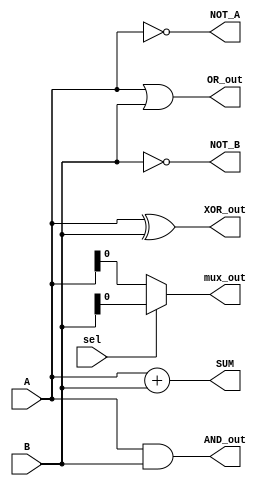
module combinational_logic_block (
    input wire [3:0] A,        // 4-bit input A
    input wire [3:0] B,        // 4-bit input B
    input wire sel,            // Selector for multiplexer
    output wire [3:0] AND_out, // AND output
    output wire [3:0] OR_out,  // OR output
    output wire [3:0] XOR_out, // XOR output
    output wire [3:0] NOT_A,   // NOT A output
    output wire [3:0] NOT_B,   // NOT B output
    output wire [4:0] SUM,     // 5-bit output for sum (A + B)
    output wire mux_out        // Multiplexer output
);

    // Basic Logic Gates
    assign AND_out = A & B;          // AND operation
    assign OR_out = A | B;           // OR operation
    assign XOR_out = A ^ B;          // XOR operation
    assign NOT_A = ~A;               // NOT operation on A
    assign NOT_B = ~B;               // NOT operation on B

    // 4-bit Ripple Carry Adder
    assign SUM = A + B;              // Sum of A and B

    // 2-to-1 Multiplexer
    assign mux_out = sel ? B : A;    // Select between A and B based on sel

endmodule